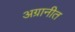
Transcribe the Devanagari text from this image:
अग्रानीत